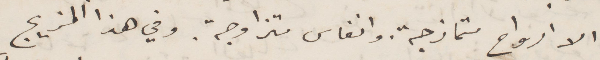
الا أرواح متمازجة وانفاس متزاوجة. وفي هذا المزيج